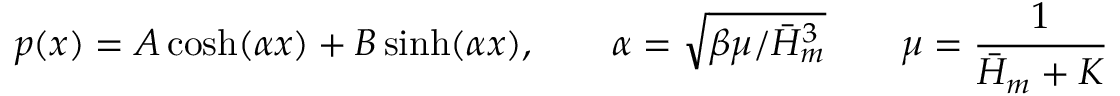
p ( x ) = A \cosh ( \alpha x ) + B \sinh ( \alpha x ) , \qquad \alpha = \sqrt { \beta \mu / \bar { H } _ { m } ^ { 3 } } \qquad \mu = { \frac { 1 } { \bar { H } _ { m } + K } }